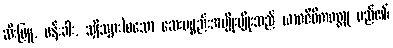
ဆီးဖြူ, ဖန်းခါး, သျှိသျှား)စသော ဆေးပစ္စည်းအမျိုးမျိုးသည် ယာဝဇီဝိကဝတ္ထု မည်၏၊